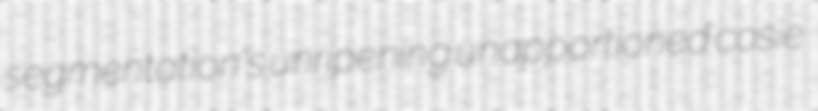
segmentation's unripening unapportioned cosie